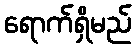
ရောက်ရှိမည်